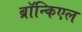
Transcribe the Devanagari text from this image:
ब्रॉन्किएल